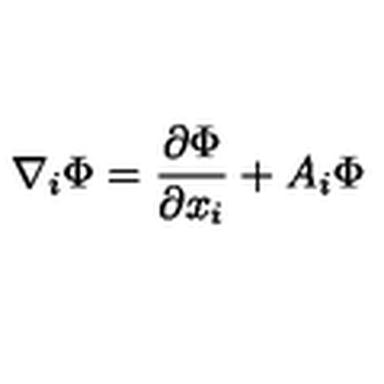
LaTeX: \nabla _ { i } { \Phi } = \frac { \partial \Phi } { \partial x _ { i } } + A _ { i } \Phi